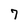
Character: 7